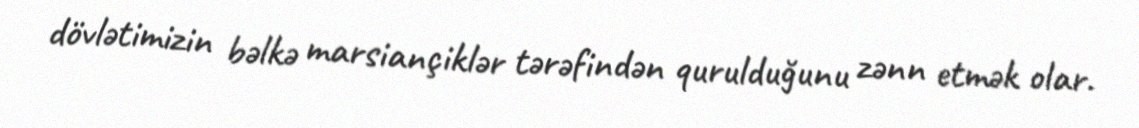
dövlətimizin bəlkə marsiançiklər tərəfindən qurulduğunu zənn etmək olar.